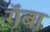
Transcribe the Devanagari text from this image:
गॅबा